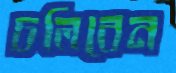
চলিবেন